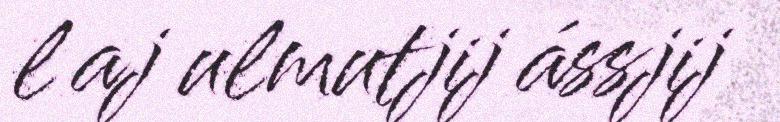
l aj ulmutjij ássjij